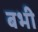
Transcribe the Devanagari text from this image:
बभी